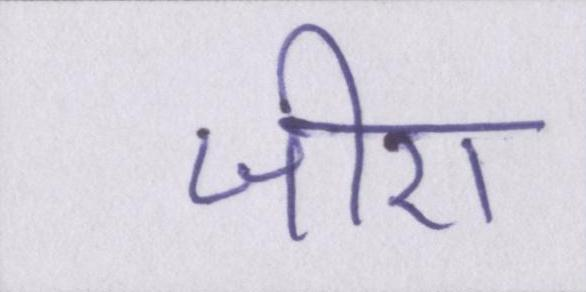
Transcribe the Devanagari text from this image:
जीरा